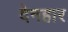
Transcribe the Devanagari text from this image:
देनहार